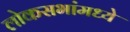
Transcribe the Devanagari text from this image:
लोकसभांमध्ये